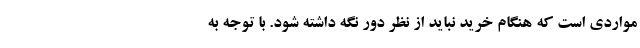
مواردی است که هنگام خرید نباید از نظر دور نگه داشته شود. با توجه به